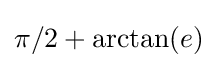
\pi /2+\arctan(e)